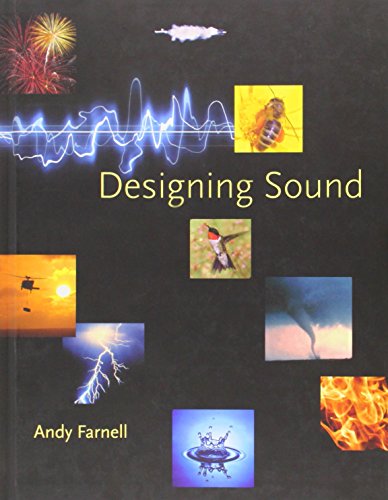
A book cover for Designing Sound; Andy Farnell; Computers & Technology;